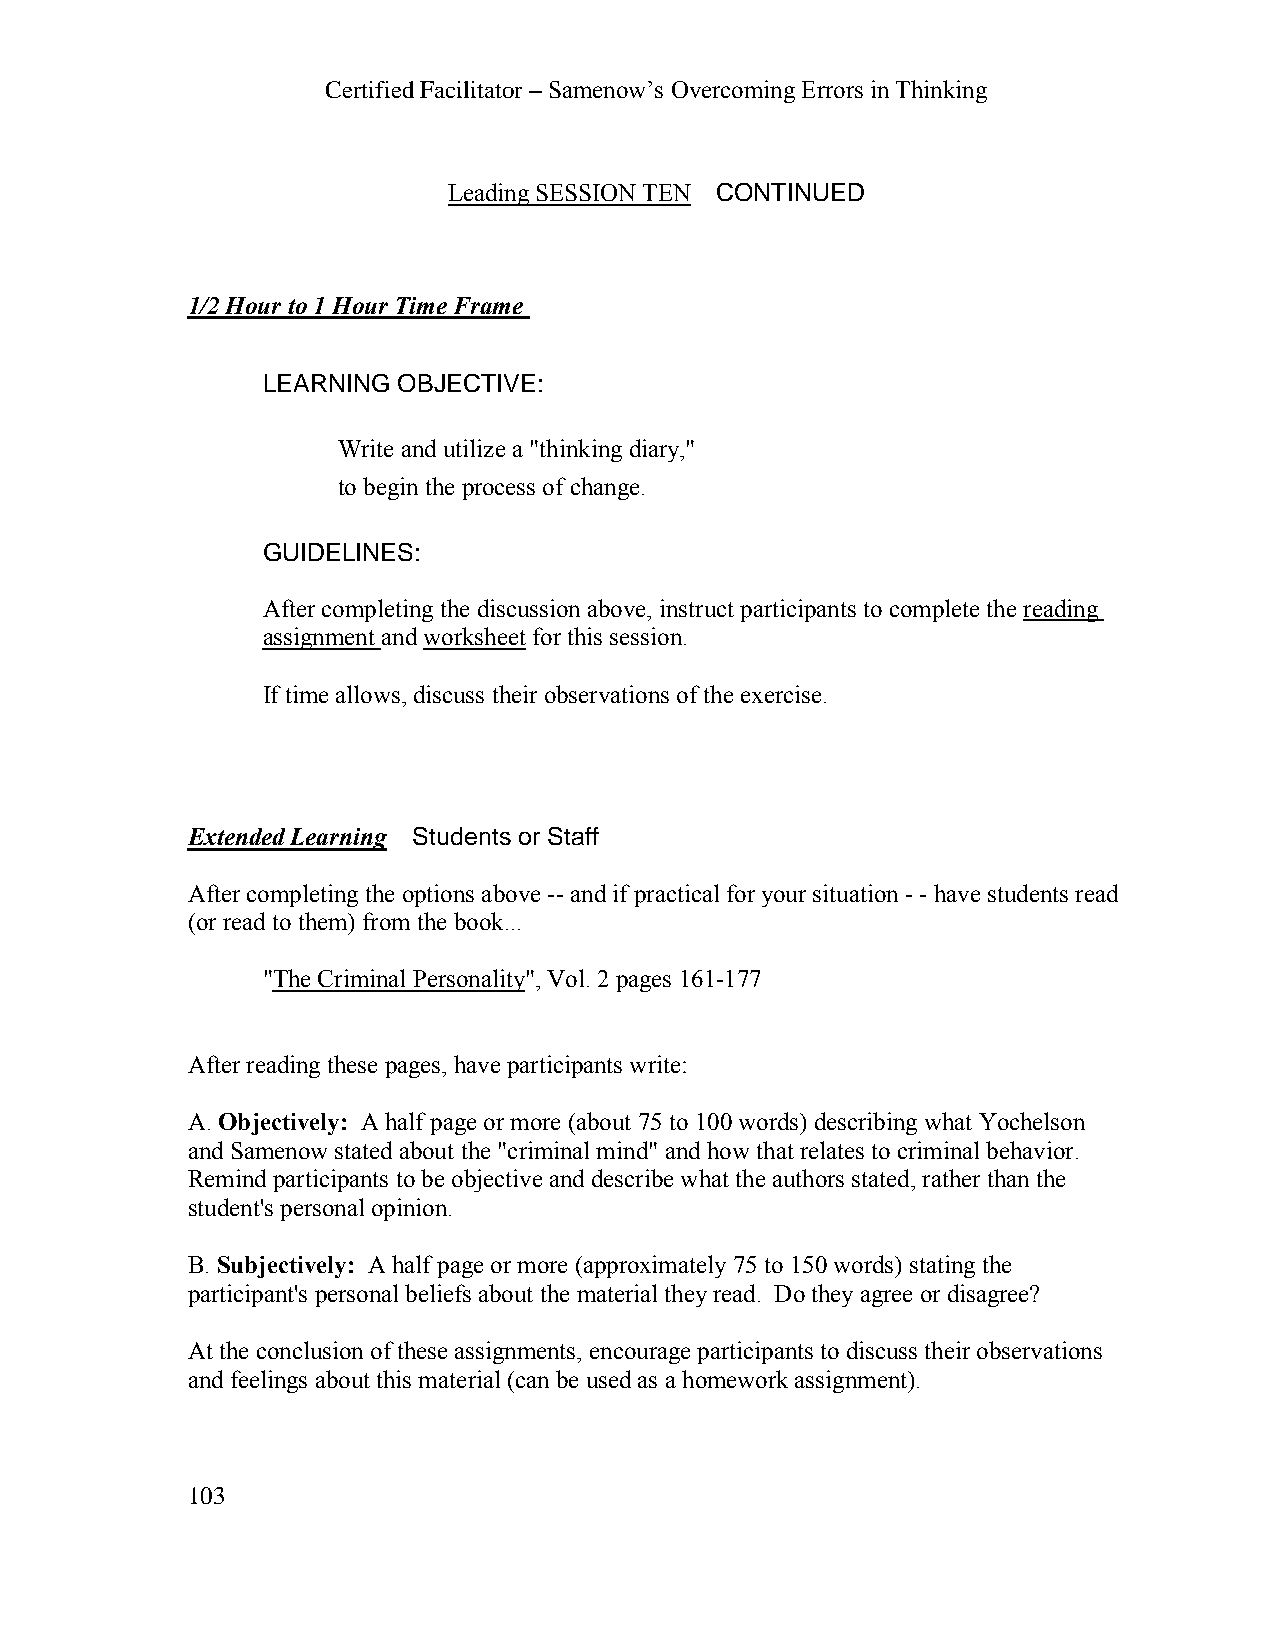
Certified Facilitator – Samenow’s Overcoming Errors in Thinking
 Leading SESSION TEN CONTINUED
 1/2 Hour to 1 Hour Time Frame
 LEARNING OBJECTIVE:
 Write and utilize a "thinking diary,"
 to begin the process of change.
 GUIDELINES:
 After completing the discussion above, instruct participants to complete the reading
 assignment and worksheet for this session.
 If time allows, discuss their observations of the exercise.
 Extended Learning Students or Staff
 After completing the options above -- and if practical for your situation - - have students read
 (or read to them) from the book...
 "The Criminal Personality", Vol. 2 pages 161-177
 After reading these pages, have participants write:
 A. Objectively: A half page or more (about 75 to 100 words) describing what Yochelson
 and Samenow stated about the "criminal mind" and how that relates to criminal behavior.
 Remind participants to be objective and describe what the authors stated, rather than the
 student's personal opinion.
 B. Subjectively: A half page or more (approximately 75 to 150 words) stating the
 participant's personal beliefs about the material they read. Do they agree or disagree?
 At the conclusion of these assignments, encourage participants to discuss their observations
 and feelings about this material (can be used as a homework assignment).
 103